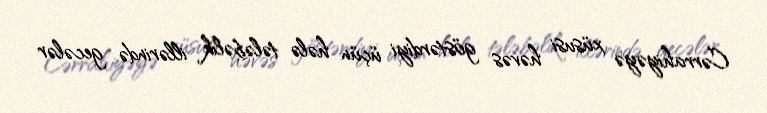
Cərrahiyəyə xüsusi həvəs göstərdiyi üçün hələ tələbəlik illərində gecələr